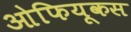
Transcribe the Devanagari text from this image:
ओफियूकस